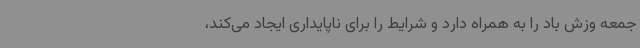
جمعه وزش باد را به همراه دارد و شرایط را برای ناپایداری ایجاد می‌کند،